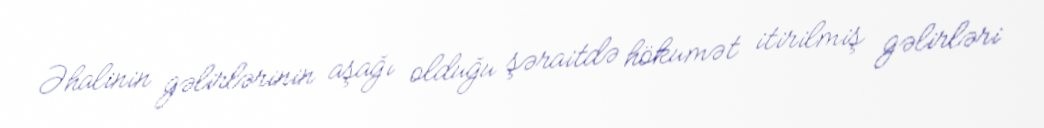
Əhalinin gəlirlərinin aşağı olduğu şəraitdə hökumət itirilmiş gəlirləri